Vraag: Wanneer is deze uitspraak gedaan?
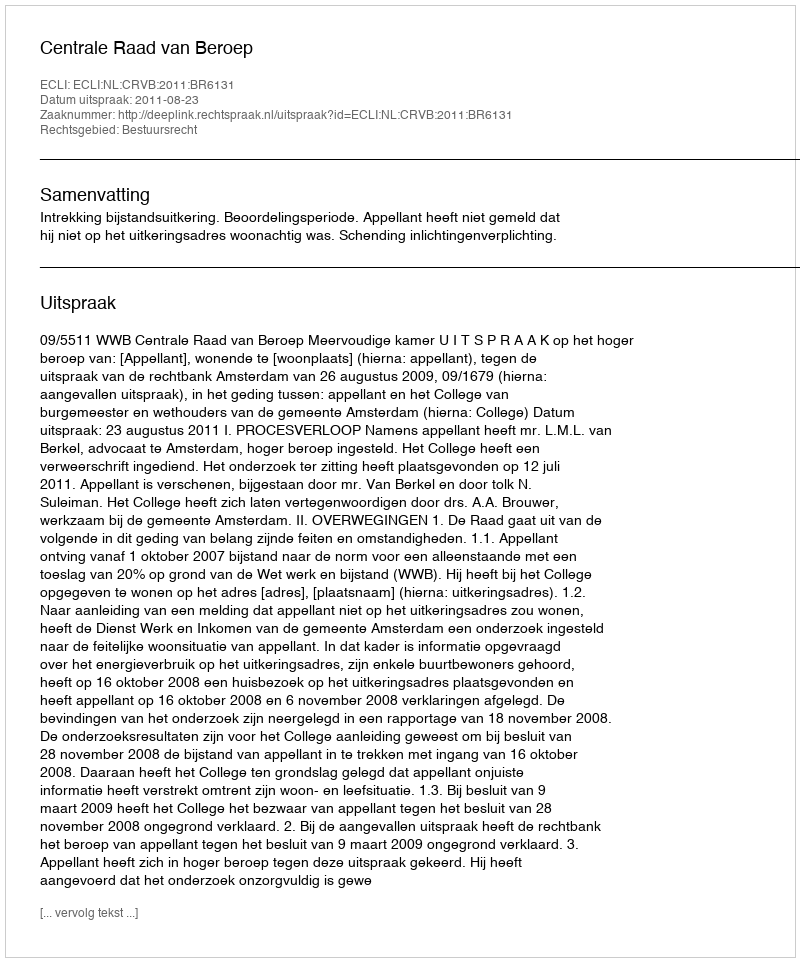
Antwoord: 2011-08-23